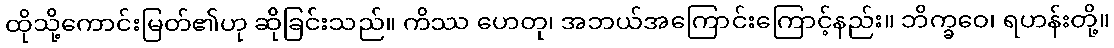
ထိုသို့ကောင်းမြတ်၏ဟု ဆိုခြင်းသည်။ ကိဿ ဟေတု၊ အဘယ်အကြောင်းကြောင့်နည်း။ ဘိက္ခဝေ၊ ရဟန်းတို့။